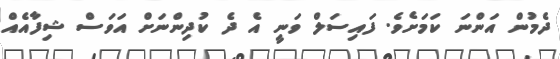
ދެމުން އަންނަ ކަމަށެވެ. ފައިސަލް ވަނީ އެ ދެ ކުދިންނަށް އަވަސް ޝިފާއެއް